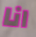
انا